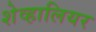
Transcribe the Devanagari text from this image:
शेव्हालियर